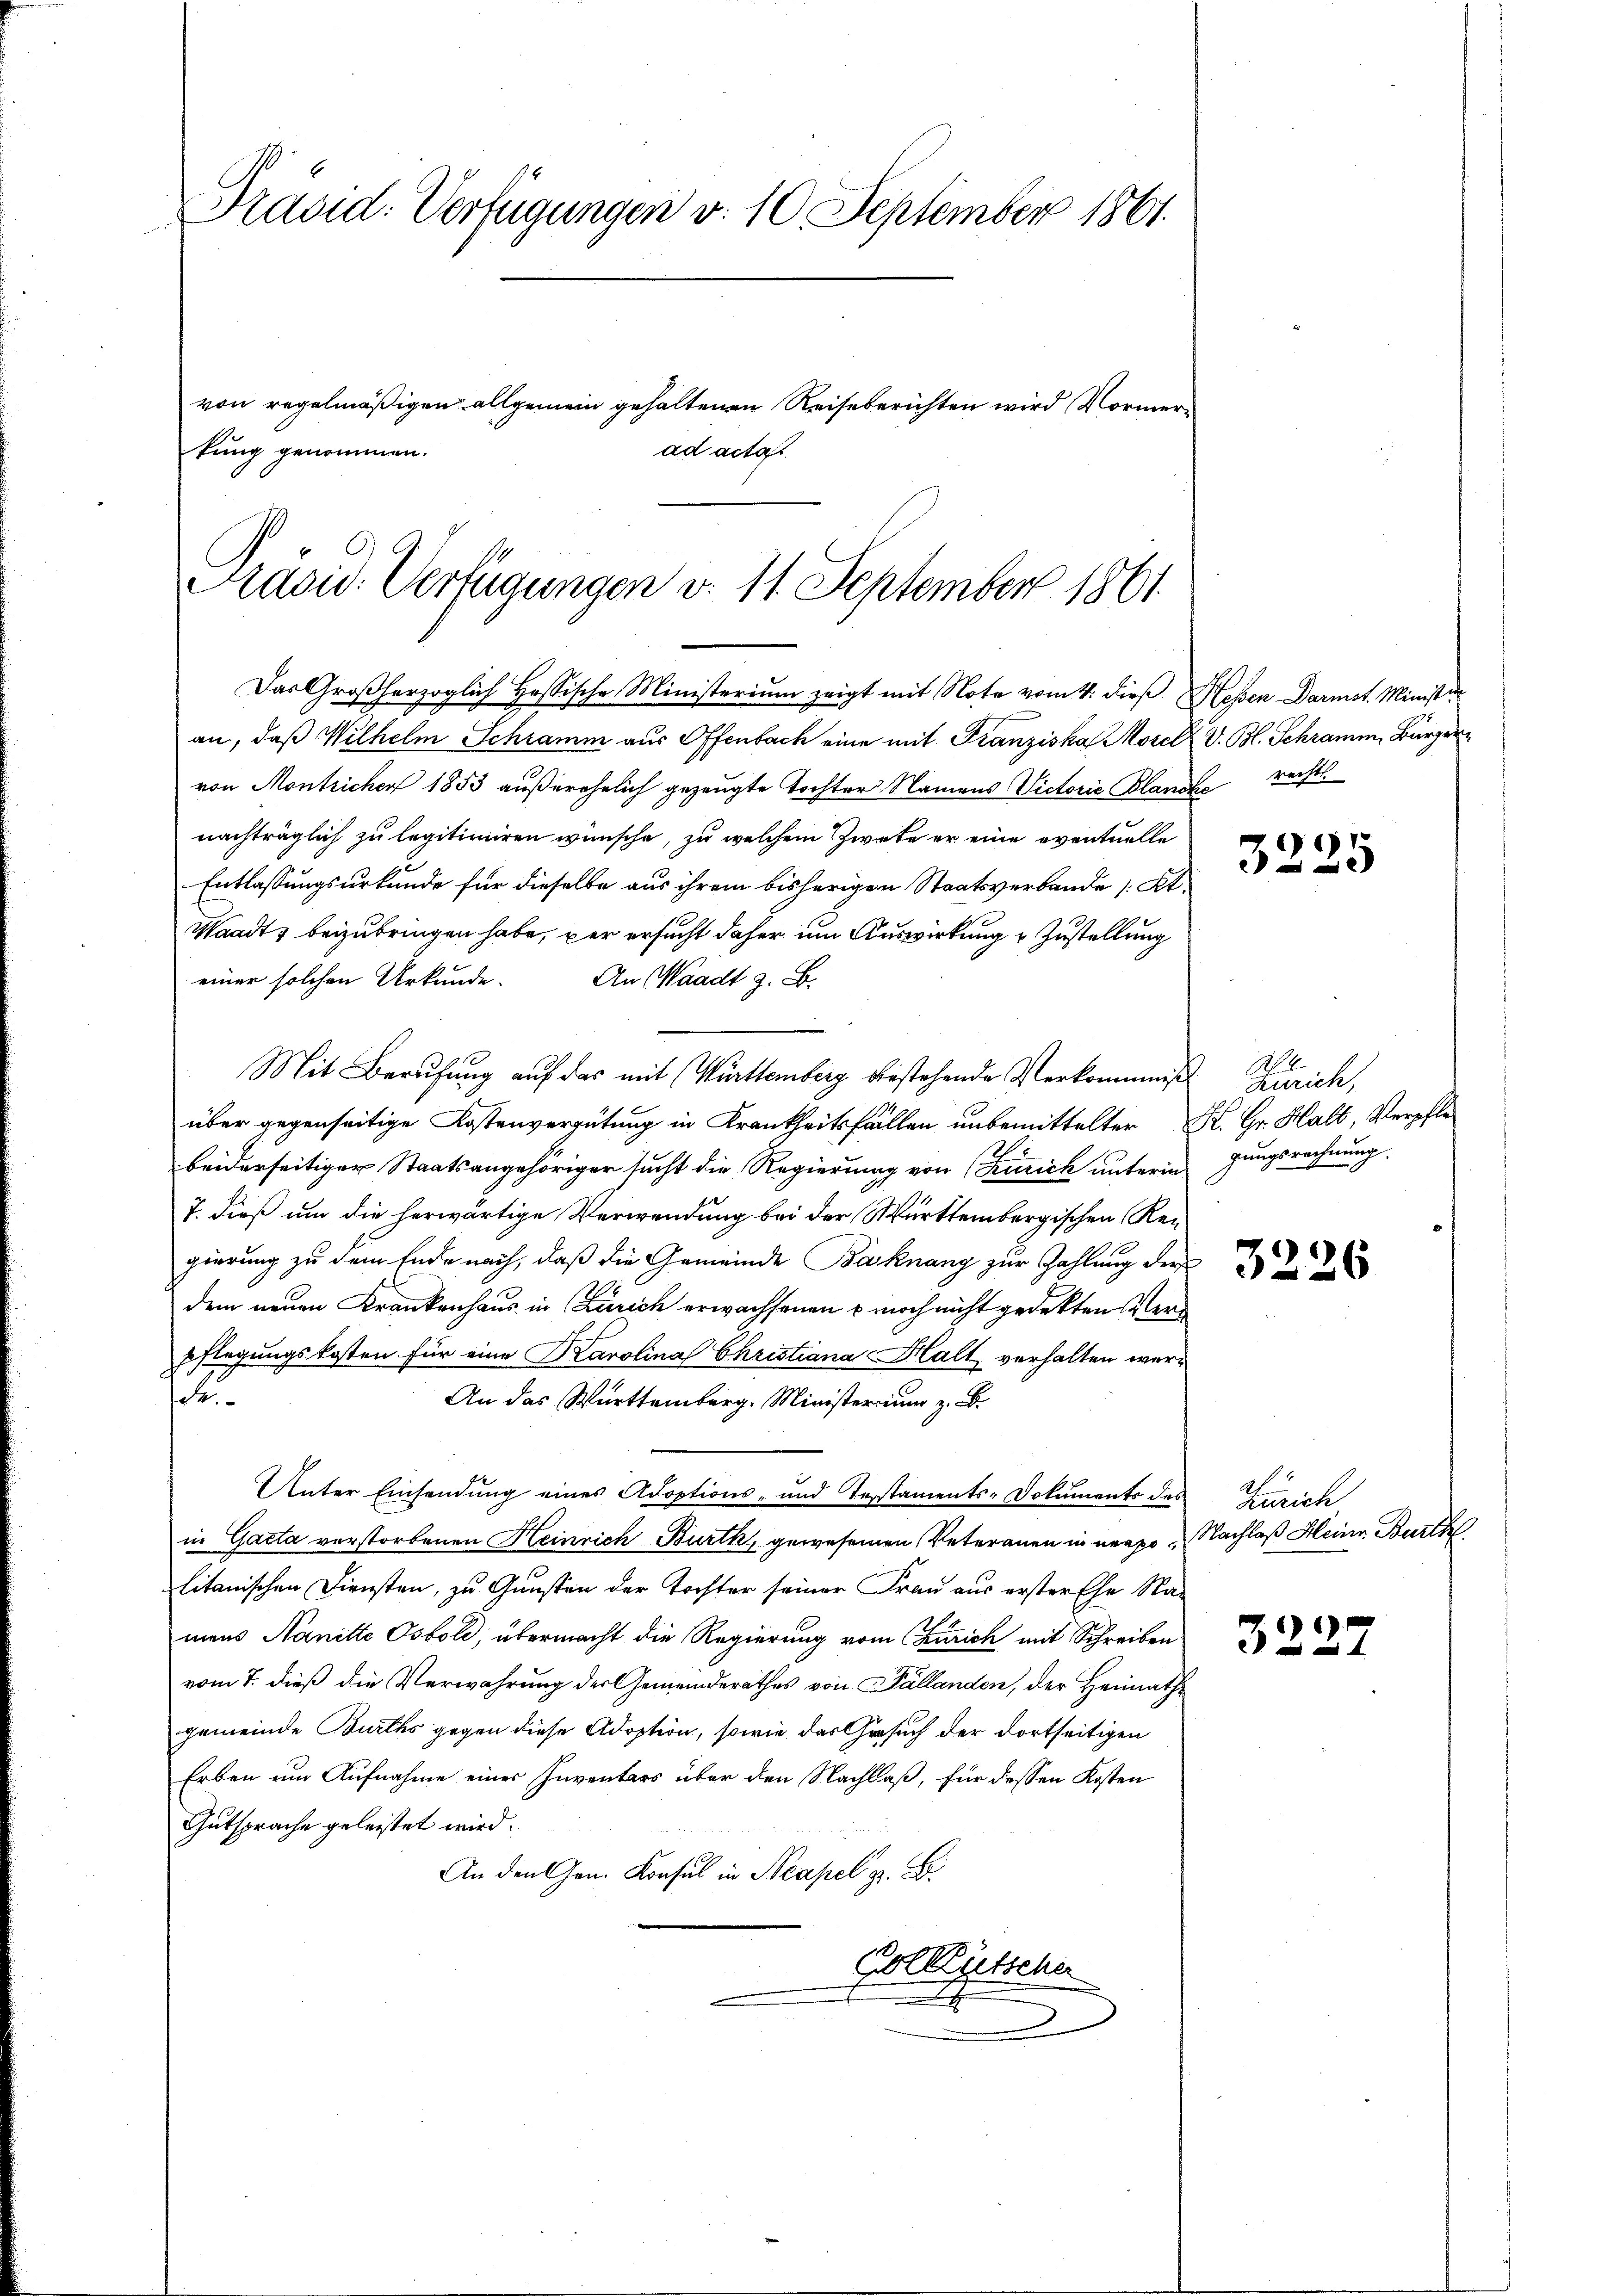
Pravid: Verfügungen d. 10 September 1861.
von regelmäßigen allgemein gehaltenen Reiseberichten wird Normerkung genommen.
ad actat

Präsid. Verfügungen d. 11. September 1861
Das Großherzoglich Hessische Ministerium zeigt mit Note vom 4. dieß Hessen Darmst. Ministe

an, daß Wilhelm Schramm aus Offenbach eine mit Franziska Morel, V. Bl. Schramen, Bürger
von Montricher 1853 außerehrlich gezeugte Tochter Namens Victorie Blande rechts
nachträglich zu legitimiren wünsche, zu welchem Zwete er eine eventuelle
Entlassungsurkunde für dieselbe aus ihrem bisherigen Staatsverbande (Kt.
Waadt, beizubringen habe, per ersucht daher um Auswirkung & Zustellung
einer solchen Urkunde. An Waadt z. B.
Mit Berufung auf das mit Württemberg bestehende Verkommnis Zürich,
über gegenseitige Kostenvergütung in Krankheitsfällen unbemittelter K. Gr. Halt, Verpflebeiderseitiger Staatsangehöriger sucht die Regierung von (Kurich untermgungsrechnung.
7. dieß um die herwärtige Verwendung bei der Württembergischen Regierung zu dem Ende nach, daß die Gemeinde Bahnang zur Zahlung der
dem neuen Krankenhaus in Zürich erwachsenen - noch nicht gedekten Verpflegungskosten für eine Karolina Christiana Halt verhalten wer¬
Se¬
An das Württemberg. Ministerium z. B.
Unter Einsendung eines Adoptions- und Testaments-Dokuments des
in Gacta verstorbenen Heinrich Burth, gewesenen Veteranen in neapo Nachlaß Heine Burthe
litanischen Diensten, zu Gunsten der Tochter seiner Frau aus erster Ehe Nameus Nanette Ostole, übermacht die Regierung vom (Zürich mit Schreiben
vom 7. dieß die Verwahrung der Gemeinderathes von Fällanden, der Heimathgemeinde Burths gegen diese Adoption, sowie das Gesuch der dortseitigen
Erben um Aufnahme einer Inventars über den Nachlaß, für dessen Kosten
Gutsprache geleistet wird.
An den Gen. Konsul in Neapel z. B.
Golktütsche
2

e

3226

Zürich,

3222